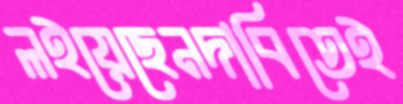
লইয়েছেনদাবিতেই